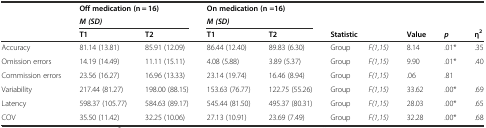
<table><thead><tr><td>[EMPTY_CELL]</td><td colspan="2"><b>Off medication (n = 16)</b></td><td colspan="2"><b>On medication (n =16)</b></td><td colspan="2">[EMPTY_CELL]</td><td>[EMPTY_CELL]</td><td>[EMPTY_CELL]</td><td>[EMPTY_CELL]</td></tr><tr><td>[EMPTY_CELL]</td><td colspan="2"><b><i>M (SD)</i></b></td><td colspan="2"><b><i>M (SD)</i></b></td><td colspan="2">[EMPTY_CELL]</td><td>[EMPTY_CELL]</td><td>[EMPTY_CELL]</td><td>[EMPTY_CELL]</td></tr><tr><td>[EMPTY_CELL]</td><td><b>T1</b></td><td><b>T2</b></td><td><b>T1</b></td><td><b>T2</b></td><td colspan="2"><b>Statistic</b></td><td><b>Value</b></td><td><b><i>p</i></b></td><td><b>η<sup>2</sup></b></td></tr></thead><tbody><tr><td>Accuracy</td><td>81.14 (13.81)</td><td>85.91 (12.09)</td><td>86.44 (12.40)</td><td>89.83 (6.30)</td><td>Group</td><td><i>F(1,15)</i></td><td>8.14</td><td>.01*</td><td>.35</td></tr><tr><td>Omission errors</td><td>14.19 (14.49)</td><td>11.11 (15.11)</td><td>4.08 (5.88)</td><td>3.89 (5.37)</td><td>Group</td><td><i>F(1,15)</i></td><td>9.90</td><td>.01*</td><td>.40</td></tr><tr><td>Commission errors</td><td>23.56 (16.27)</td><td>16.96 (13.33)</td><td>23.14 (19.74)</td><td>16.46 (8.94)</td><td>Group</td><td><i>F(1,15)</i></td><td>.06</td><td>.81</td><td>[EMPTY_CELL]</td></tr><tr><td>Variability</td><td>217.44 (81.27)</td><td>198.00 (88.15)</td><td>153.63 (76.77)</td><td>122.75 (55.26)</td><td>Group</td><td><i>F(1,15)</i></td><td>33.62</td><td>.00*</td><td>.69</td></tr><tr><td>Latency</td><td>598.37 (105.77)</td><td>584.63 (89.17)</td><td>545.44 (81.50)</td><td>495.37 (80.31)</td><td>Group</td><td><i>F(1,15)</i></td><td>28.03</td><td>.00*</td><td>.65</td></tr><tr><td>COV</td><td>35.50 (11.42)</td><td>32.25 (10.06)</td><td>27.13 (10.91)</td><td>23.69 (7.49)</td><td>Group</td><td><i>F(1,15)</i></td><td>32.28</td><td>.00*</td><td>.68</td></tr></tbody></table>